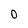
Character: 0